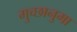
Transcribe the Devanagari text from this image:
गुच्छानुमा